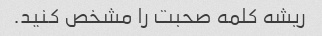
ریشه کلمه صحبت را مشخص کنید.